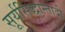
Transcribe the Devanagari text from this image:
सूर्यसिद्धान्तादी